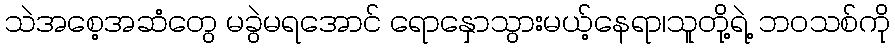
သဲအစေ့အဆံတွေ မခွဲမရအောင် ရောနှောသွားမယ့်နေရာ၊သူတို့ရဲ့ ဘဝသစ်ကို